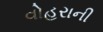
વોહરાની